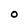
Character: 0